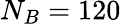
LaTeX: N_{B}=120